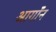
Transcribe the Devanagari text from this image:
आर्गॉन